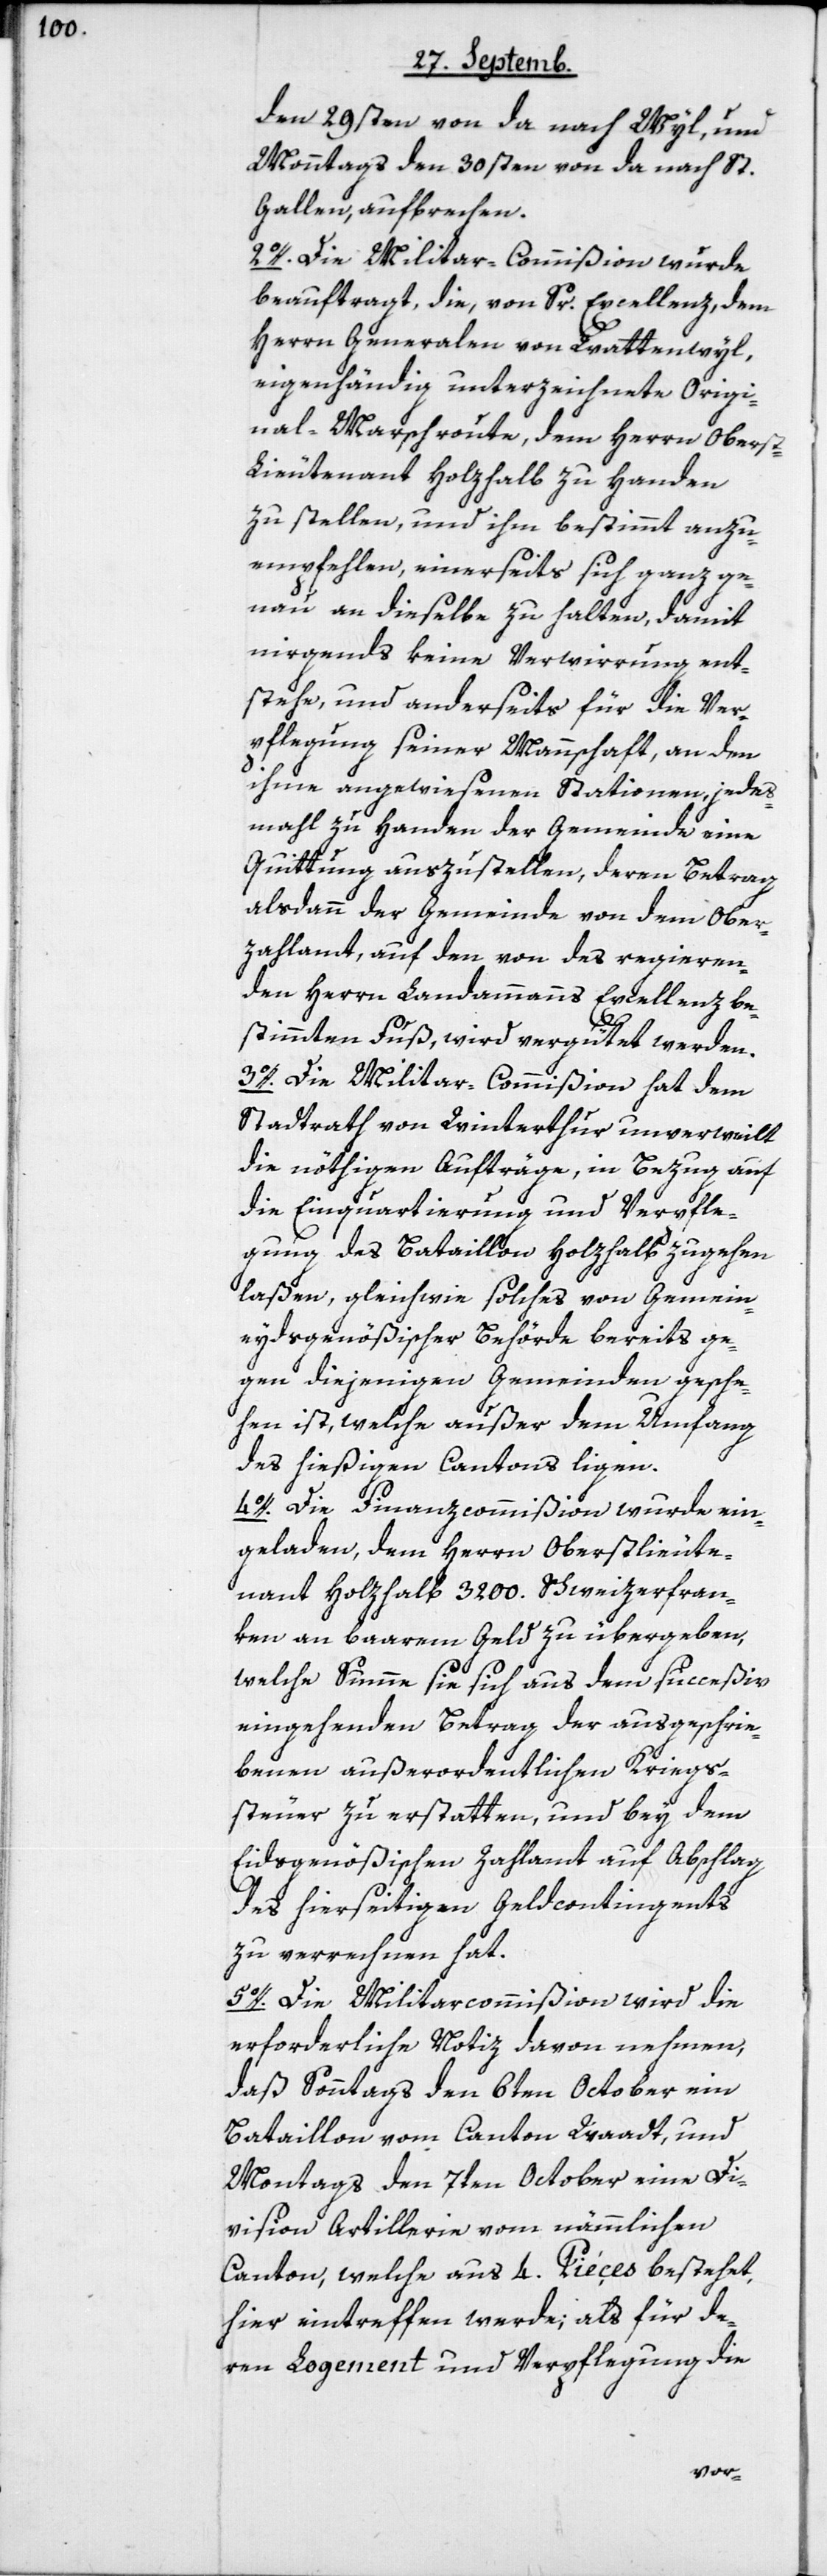
den 29sten von da nach Wyl, und
Monntags den 30sten von da nach St.
Gallen aufbrechen.
2o. Die Militar-Commißion wurde
beauftragt, die von Sr. Excellenz, dem
Herrn Generalen von Wattenwyl,
eigenhändig unterzeichnete Origi¬
nal-Marschroute, dem Herrn Obers¬
t-Lieutenant Holzhalb zu Handen
zu stellen, und ihm bestimmt anzu¬
empfehlen, einerseits sich ganz ge¬
nau an dieselbe zu halten, damit
nirgends keine Verwirrung ent¬
stehe, und anderseits für die Ver¬
pflegung seiner Mannschaft, an den
ihme angewiesenen Stationen, jedes
Mahl zu Handen der Gemeinde eine
Quittung auszustellen, deren Betrag
alsdann der Gemeinde von dem Ober¬
zahlamt auf den von des regieren¬
den Herrn Landammanns Excellenz be¬
stimmten Fuß, wird vergütet werden.
3o. Die Militar-Commißion hat dem
Stadtrath von Winterthur unverweilt
die nöthigen Aufträge, in Bezug auf
die Einquartierung und Verpfle¬
gung des Bataillon Holzhalb zugehen
laßen, gleichwie solches von Gemein¬
eydsgenößischer Behörde bereits ge¬
gen diejenigen Gemeinden gesche¬
hen ist, welche außer dem Umfang
des hießigen Cantons liegen.
4o. Die Finanzcommißion wurde ein¬
geladen, dem Herrn Oberstlieute¬
nant Holzhalb 3200. Schweizerfran¬
ken an baarem Geld zu übergeben,
welche Summe sie sich aus dem succeßiv
eingehenden Betrag der ausgeschrie¬
benen außerordentlichen Kriegs¬
steuer zu erstatten, und bey dem
Eidsgenößischen Zahlamt auf Abschlag
des hierseitigen Geldcontingents
zu verrechnen hat.
5o. Die Militarcommißion wird die
erforderliche Notiz davon nehmen,
daß Sonntags den 6ten October ein
Bataillon vom Canton Waadt, und
Montags den 7ten October eine Di¬
vision Artillerie vom nämmlichen
Canton, welche aus 4. Pieçes bestehet,
hier eintreffen werde, als für de¬
ren Logement und Verpflegung die